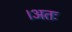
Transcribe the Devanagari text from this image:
।अतः